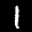
Label: 1